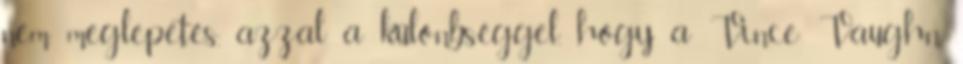
nem meglepetés, azzal a különbséggel, hogy a Vince Vaughn